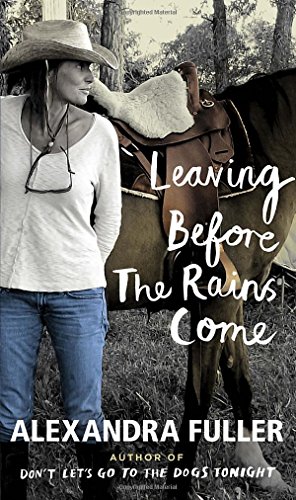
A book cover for Leaving Before the Rains Come; Alexandra Fuller; Parenting & Relationships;